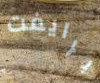
برايفت